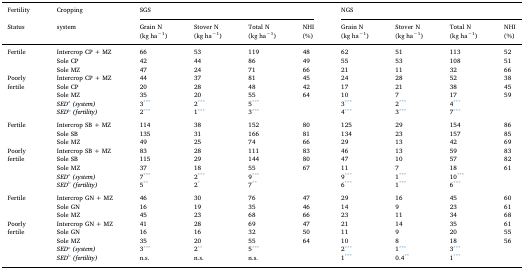
<table><thead><tr><td><b>Fertility</b></td><td><b>Cropping</b></td><td colspan="4"><b>SGS</b></td><td colspan="4"><b>NGS</b></td></tr><tr><td><b>Status</b></td><td><b>system</b></td><td><b>Grain N</b></td><td><b>Stover N</b></td><td><b>Total N</b></td><td><b>NHI</b></td><td><b>Grain N</b></td><td><b>Stover N</b></td><td><b>Total N</b></td><td><b>NHI</b></td></tr><tr><td></td><td></td><td><b>(kg ha<sup>−1</sup>)</b></td><td><b>(kg ha<sup>−1</sup>)</b></td><td><b>(kg ha<sup>−1</sup>)</b></td><td><b>(%)</b></td><td><b>(kg ha<sup>−1</sup>)</b></td><td><b>(kg ha<sup>−1</sup>)</b></td><td><b>(kg ha<sup>−1</sup>)</b></td><td><b>(%)</b></td></tr></thead><tbody><tr><td>Fertile</td><td>Intercrop CP + MZ</td><td>66</td><td>53</td><td>119</td><td>48</td><td>62</td><td>51</td><td>113</td><td>52</td></tr><tr><td></td><td>Sole CP</td><td>42</td><td>44</td><td>86</td><td>49</td><td>55</td><td>53</td><td>108</td><td>51</td></tr><tr><td></td><td>Sole MZ</td><td>47</td><td>24</td><td>71</td><td>66</td><td>21</td><td>11</td><td>32</td><td>66</td></tr><tr><td>Poorly</td><td>Intercrop CP + MZ</td><td>44</td><td>37</td><td>81</td><td>45</td><td>24</td><td>28</td><td>52</td><td>38</td></tr><tr><td>fertile</td><td>Sole CP</td><td>20</td><td>28</td><td>48</td><td>42</td><td>17</td><td>21</td><td>38</td><td>45</td></tr><tr><td></td><td>Sole MZ</td><td>35</td><td>20</td><td>55</td><td>64</td><td>10</td><td>7</td><td>17</td><td>59</td></tr><tr><td></td><td><i>SED</i>a<i>(system)</i></td><td>3***</td><td>2***</td><td>5***</td><td></td><td>3***</td><td>2***</td><td>4***</td><td></td></tr><tr><td></td><td><i>SED</i>b<i>(fertility)</i></td><td>2***</td><td>1***</td><td>3***</td><td></td><td>4***</td><td>3***</td><td>7***</td><td></td></tr><tr><td colspan="10">  </td></tr><tr><td>Fertile</td><td>Intercrop SB + MZ</td><td>114</td><td>38</td><td>152</td><td>80</td><td>125</td><td>29</td><td>154</td><td>86</td></tr><tr><td></td><td>Sole SB</td><td>135</td><td>31</td><td>166</td><td>81</td><td>134</td><td>23</td><td>157</td><td>85</td></tr><tr><td></td><td>Sole MZ</td><td>49</td><td>25</td><td>74</td><td>66</td><td>29</td><td>13</td><td>42</td><td>69</td></tr><tr><td>Poorly</td><td>Intercrop SB + MZ</td><td>83</td><td>28</td><td>111</td><td>83</td><td>46</td><td>13</td><td>59</td><td>83</td></tr><tr><td>fertile</td><td>Sole SB</td><td>115</td><td>29</td><td>144</td><td>80</td><td>47</td><td>10</td><td>57</td><td>82</td></tr><tr><td></td><td>Sole MZ</td><td>37</td><td>18</td><td>55</td><td>67</td><td>11</td><td>7</td><td>18</td><td>61</td></tr><tr><td></td><td><i>SED</i>a<i>(system)</i></td><td>7***</td><td>2***</td><td>9***</td><td></td><td>9***</td><td>1***</td><td>10***</td><td></td></tr><tr><td></td><td><i>SED</i>b<i>(fertility)</i></td><td>5**</td><td>2*</td><td>7**</td><td></td><td>6***</td><td>1***</td><td>6***</td><td></td></tr><tr><td colspan="10">  </td></tr><tr><td>Fertile</td><td>Intercrop GN + MZ</td><td>46</td><td>30</td><td>76</td><td>47</td><td>29</td><td>16</td><td>45</td><td>60</td></tr><tr><td></td><td>Sole GN</td><td>16</td><td>19</td><td>35</td><td>46</td><td>14</td><td>9</td><td>23</td><td>61</td></tr><tr><td></td><td>Sole MZ</td><td>45</td><td>23</td><td>68</td><td>66</td><td>23</td><td>11</td><td>34</td><td>68</td></tr><tr><td>Poorly</td><td>Intercrop GN + MZ</td><td>41</td><td>28</td><td>69</td><td>47</td><td>21</td><td>14</td><td>35</td><td>61</td></tr><tr><td>fertile</td><td>Sole GN</td><td>16</td><td>16</td><td>32</td><td>50</td><td>11</td><td>9</td><td>20</td><td>55</td></tr><tr><td></td><td>Sole MZ</td><td>35</td><td>20</td><td>55</td><td>64</td><td>10</td><td>8</td><td>18</td><td>56</td></tr><tr><td></td><td><i>SED</i>a<i>(system)</i></td><td>3***</td><td>2**</td><td>5***</td><td></td><td>2***</td><td>1***</td><td>3***</td><td></td></tr><tr><td></td><td><i>SED</i>b<i>(fertility)</i></td><td>n.s.</td><td>n.s.</td><td>n.s.</td><td></td><td>1***</td><td>0.4**</td><td>1***</td><td></td></tr></tbody></table>